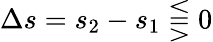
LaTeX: \Delta s=s_{2}-s_{1}\lesseqqgtr 0